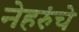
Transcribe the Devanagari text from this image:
नेहरुंचे